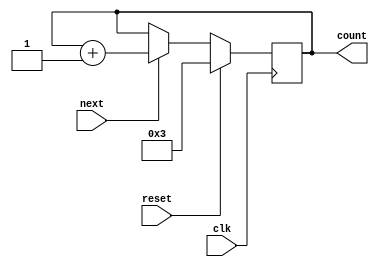
`timescale 1ns / 1ps
//////////////////////////////////////////////////////////////////////////////////
// Company: 
// Engineer: 
// 
// Design Name: 
// Module Name: counter
// Project Name: 
// Target Devices: 
// Tool Versions: 
// Description: 
// 
// Dependencies: 
// 
// Revision:
// Revision 0.01 - File Created
// Additional Comments:
// 
//////////////////////////////////////////////////////////////////////////////////


module counter(
    input wire clk,
    input wire reset,
    input wire next,
    output reg [4:0] count
    );
    
    always @(posedge clk) begin
       if (reset) count <= 5'd3; // address of alphabets starts at 5'd3
       else if (next) count <= count + 5'd1;
    end
    
endmodule